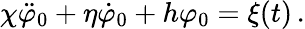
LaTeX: \chi\ddot{\varphi}_{0}+\eta\dot{\varphi}_{0}+h\varphi_{0}=\xi(t)\, .